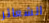
الشعائر